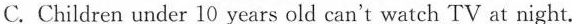
C.Children under 10 years old can't watch TV at night.